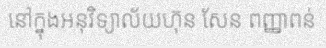
នៅក្នុងអនុវិទ្យាល័យហ៊ុន សែន ពញ្ញាពន់